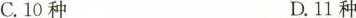
C.10种 D.11种